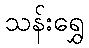
သန်းရွှေ